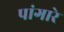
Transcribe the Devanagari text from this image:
पांगारे